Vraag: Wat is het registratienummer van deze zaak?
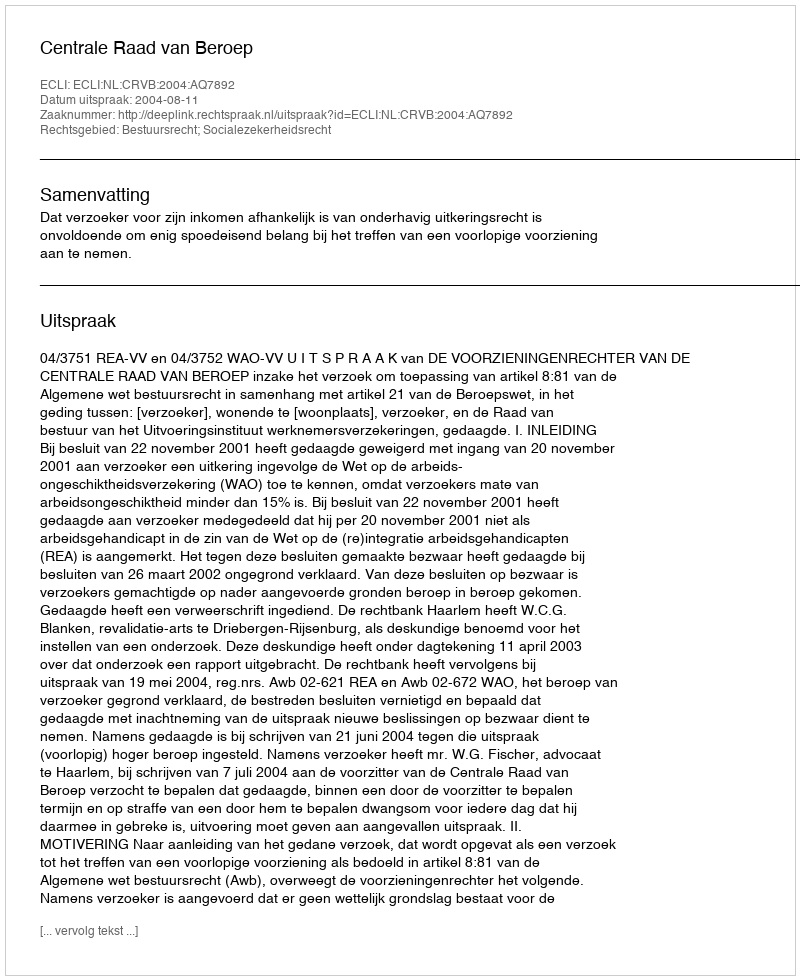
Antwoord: http://deeplink.rechtspraak.nl/uitspraak?id=ECLI:NL:CRVB:2004:AQ7892